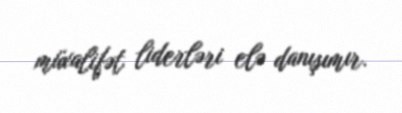
müxalifət liderləri elə danışımır.